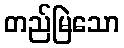
တည်မြဲသော